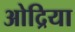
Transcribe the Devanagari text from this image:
ओद्रिया